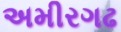
અમીરગઢ